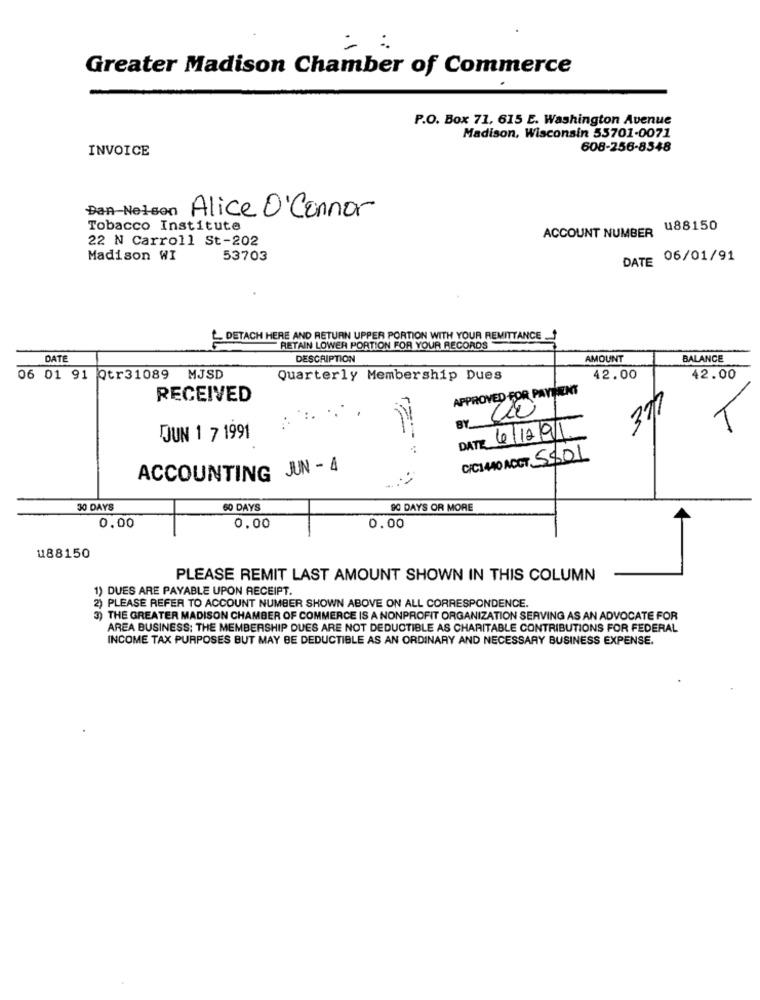
= :
Greater Madison Chamber of Commerce
P.O. Box 71, 615 E. Washington Avenue
Madison, Wisconsin 53701-0071
INVOICE
608-256-8548
Dan-Nelson
Alice O'Connor
Tobacco Institute
ACCOUNT NUMBER U88150
22 N Carroll St-202
Madison WI
53703
DATE 06/01/91
- DETACH HERE AND RETURN UPPER PORTION WITH YOUR REMITTANCE ."
RETAIN LOWER PORTION FOR YOUR RECORDS
DATE
DESCRIPTION
AMOUNT
BALANCE
06 01 91 Qtr31089 MJSD
Quarterly Membership Dues
42.00
42.00
APPROVED FOR PAYMENT
RECEIVED
377
T
OUN 1 7 1991
DATE 6/12/91
C/C140 ACCT 5801
ACCOUNTING JUN - 4
30 DAYS
60 DAYS
90 DAYS OR MORE
4
0.00
0.00
0.00
u88150
PLEASE REMIT LAST AMOUNT SHOWN IN THIS COLUMN
1) DUES ARE PAYABLE UPON RECEIPT.
2) PLEASE REFER TO ACCOUNT NUMBER SHOWN ABOVE ON ALL CORRESPONDENCE.
3) THE GREATER MADISON CHAMBER OF COMMERCE IS A NONPROFIT ORGANIZATION SERVING AS AN ADVOCATE FOR
AREA BUSINESS: THE MEMBERSHIP DUES ARE NOT DEDUCTIBLE AS CHARITABLE CONTRIBUTIONS FOR FEDERAL
INCOME TAX PURPOSES BUT MAY BE DEDUCTIBLE AS AN ORDINARY AND NECESSARY BUSINESS EXPENSE.